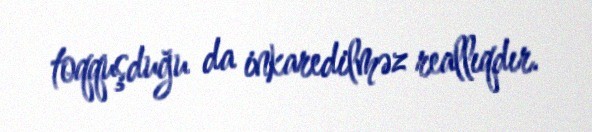
toqquşduğu da inkaredilməz reallıqdır.